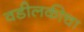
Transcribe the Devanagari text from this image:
वडीलकीचा